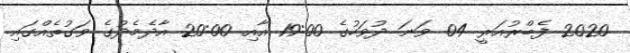
2020 ފެބްރުއަރީ 04 ވަނަ ދުވަހުގެ 19:00 އާއި 20:00 އާދެމެދުގެ ވަގުތެއްގައި